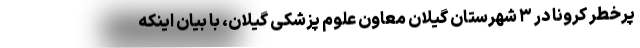
پرخطر کرونا در ۳ شهرستان گیلان معاون علوم پزشکی گیلان، با بیان اینکه